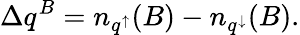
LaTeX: \Delta q^{B}=n_{q^{\uparrow}}(B)-n_{q^{\downarrow}}(B).